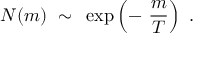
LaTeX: N ( m ) ~ \sim ~ \exp \left( - ~ \frac { m } { T } \right) ~ .